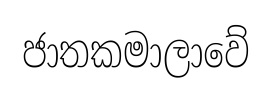
ජාතකමාලාවේ